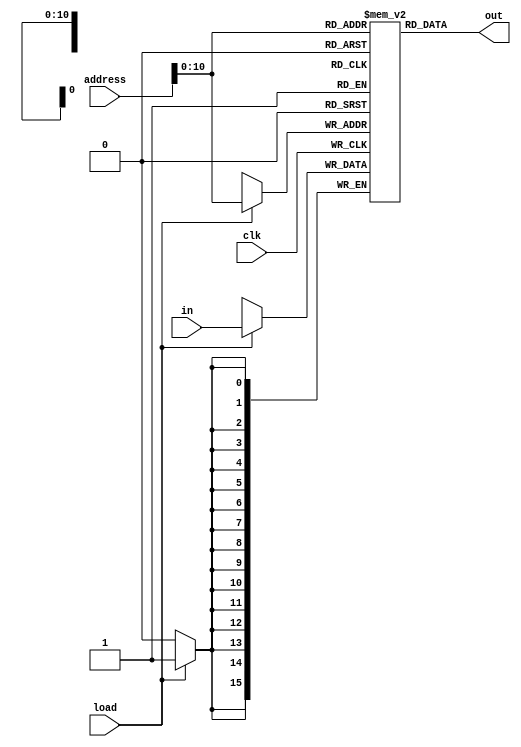
/**
* BlockRAM of iCE40
* implements 2048 words of RAM addressed from 0000 - 2047
* out = M[address] (continuosly assigned using combinatorial logic)
* if (load =i= 1) M[address][t+1] = in[t] (clocked using sequential logic)
*/

`default_nettype none
module RAM(
	input wire clk,
	input wire [15:0] address,
	input wire [15:0] in,
	input wire load,
	output wire [15:0] out
);
	
	reg [15:0] regRAM [0:2047]; 
	always @(negedge clk)
		if (load) regRAM[address[10:0]] <= in;

	assign out = regRAM[address[10:0]];
endmodule